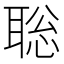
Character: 聡